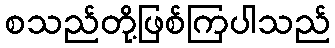
စသည်တို့ဖြစ်ကြပါသည်